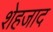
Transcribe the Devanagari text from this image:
शेहजाद